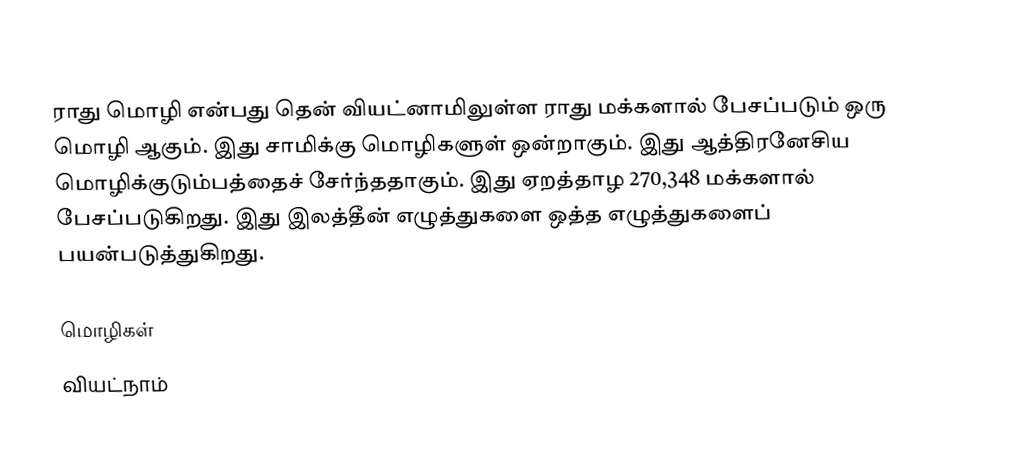
ராது மொழி என்பது தென் வியட்னாமிலுள்ள ராது மக்களால் பேசப்படும் ஒரு மொழி ஆகும். இது சாமிக்கு மொழிகளுள் ஒன்றாகும். இது ஆத்திரனேசிய மொழிக்குடும்பத்தைச் சேர்ந்ததாகும். இது ஏறத்தாழ 270,348 மக்களால் பேசப்படுகிறது. இது இலத்தீன் எழுத்துகளை ஒத்த எழுத்துகளைப் பயன்படுத்துகிறது.

மொழிகள்
வியட்நாம்